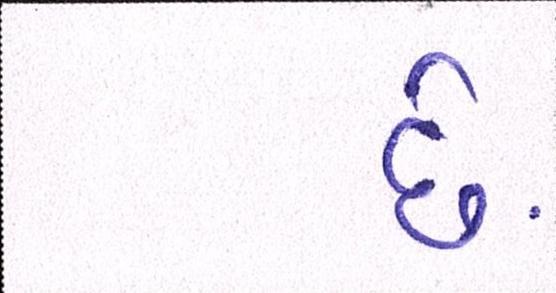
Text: છેઃ